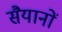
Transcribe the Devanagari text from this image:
सैयानों